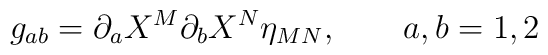
g_{ab} = \partial_{a}X^{M}\partial_{b}X^{N}\eta_{MN},\qquad a,b=1,2